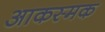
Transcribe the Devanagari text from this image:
आकस्मक